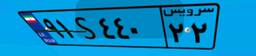
۹۱S۴۴۰۲۲